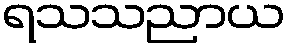
ရသသညာယ